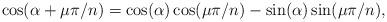
LaTeX: \begin{align*} \cos( \alpha + \mu \pi / n ) = \cos( \alpha ) \cos( \mu \pi / n ) - \sin( \alpha ) \sin( \mu \pi / n ),\end{align*}